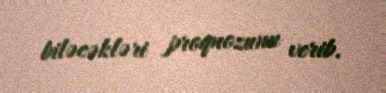
biləcəkləri proqnozunu verib.